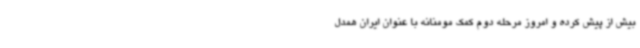
بیش از پیش کرده و امروز مرحله دوم کمک مومنانه با عنوان ایران همدل